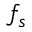
f _ { s }